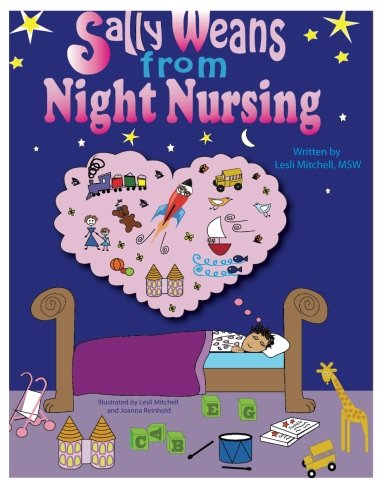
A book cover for Sally Weans from Night Nursing; Lesli D. Mitchell MSW; Parenting & Relationships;